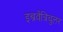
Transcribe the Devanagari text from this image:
इन्त्रवेंत्रिचुलर